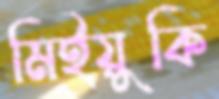
মিইয়ুকি